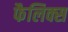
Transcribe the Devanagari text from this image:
फैलिक्स